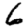
Digit: 6